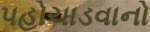
પહોચાડવાનો